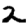
Digit: 2